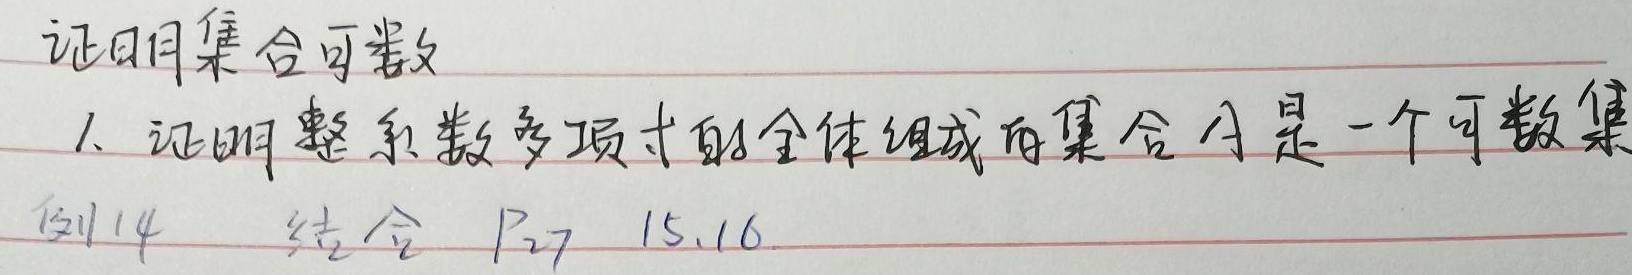
证明集合可数
1. 证明整系数多项式的全体组成的集合\(A\)是一个可数集。
例14 结合 \(P_{27}\ 15,16\)